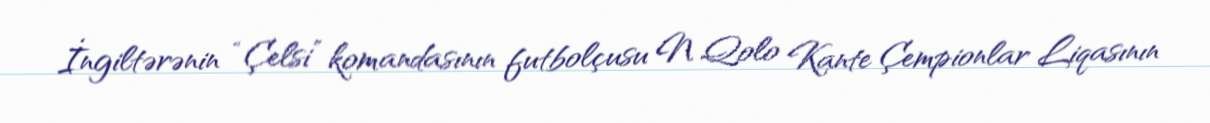
İngiltərənin “Çelsi” komandasının futbolçusu N Qolo Kante Çempionlar Liqasının